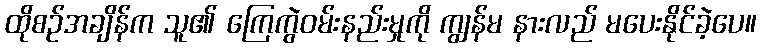
ထိုစဉ်အချိန်က သူ၏ ကြေကွဲဝမ်းနည်းမှုကို ကျွန်မ နားလည် မပေးနိုင်ခဲ့ပေ။